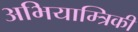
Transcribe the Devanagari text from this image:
अभियाम्त्रिकी